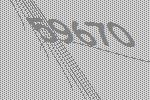
59670